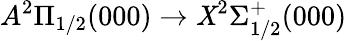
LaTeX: A^{2}\Pi_{1/2}(000)\rightarrow\mathit{X}^{2}\Sigma_{1/2}^{+}(000)